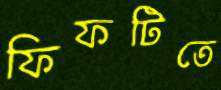
ফিফটিতে